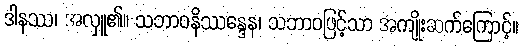
ဒါနဿ၊ အလှူ၏။ သဘာဝနိဿန္ဒေန၊ သဘာဝဖြင့်သာ အကျိုးဆက်ကြောင့်။